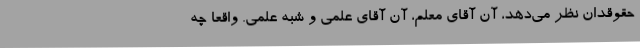
حقوقدان نظر می‌دهد، آن آقای معلم، آن آقای علمی و شبه علمی. واقعا چه